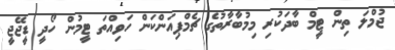
ޖުމްލަ ތިން ޓީމް ބާދަކުރި މިމުބާރާތުގެ ޗެމްޕިއަންކަން ހަވިއްތަ ޓީމުން ހޯދީ ޑީޖޭޖީ